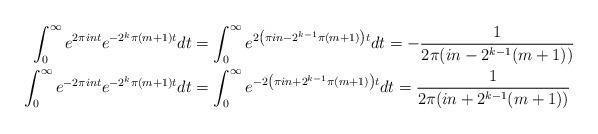
LaTeX: \begin{align*}\int_0^\infty e^{2\pi i nt}e^{-2^k\pi(m+1)t}dt&=\int_0^\infty e^{2\left(\pi i n-2^{k-1}\pi(m+1)\right)t}dt=-\dfrac{1}{2\pi(i n-2^{k-1}(m+1))}\\\int_0^\infty e^{-2\pi i nt}e^{-2^k\pi(m+1)t}dt&=\int_0^\infty e^{-2\left(\pi i n+2^{k-1}\pi(m+1)\right)t}dt=\dfrac{1}{2\pi(i n+2^{k-1}(m+1))}\end{align*}